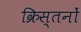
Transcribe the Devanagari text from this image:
क्रिस्तनों